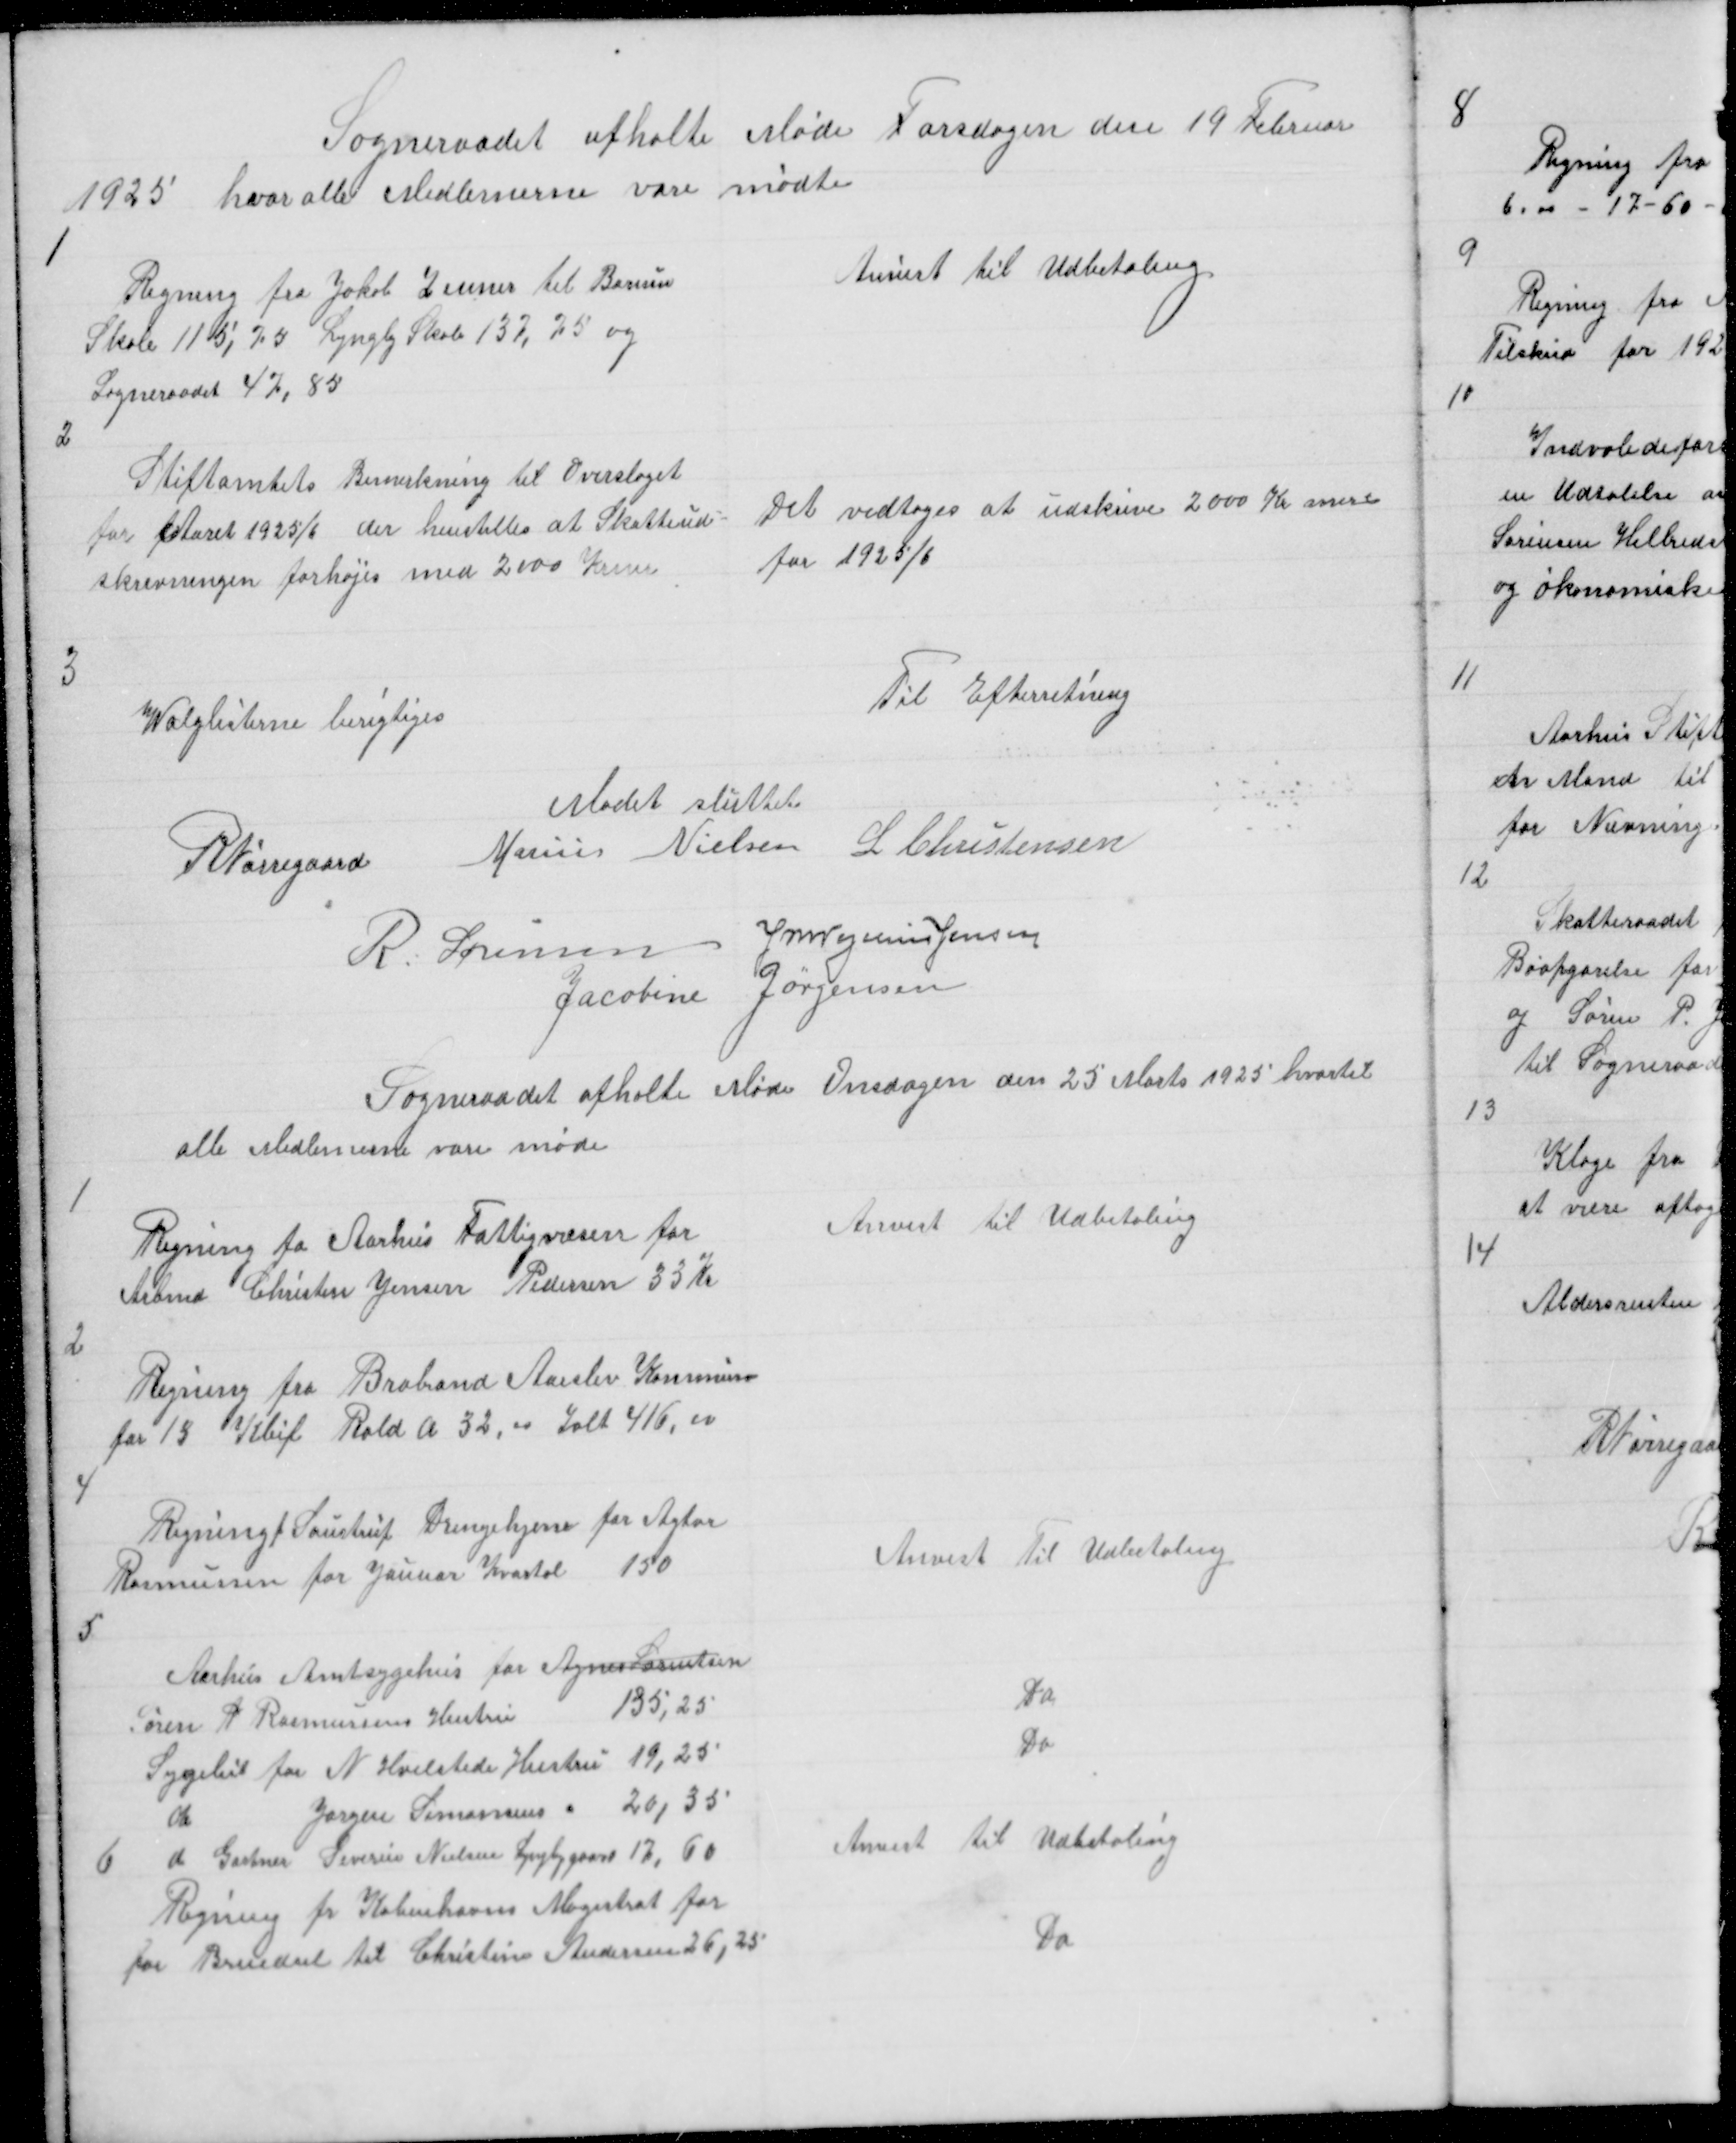
Transskription:
Sogneraadet afholte Møde Torsdagen den 19 Februar
1925 hvor alle Medlemerne vare mødte

1

Anvist til Udbetaling

REgning fra Jakob Zeuner til Borum
Skole 115,75 Lyngby Skole 137,75 og
Sogneraadet 47,85

2

Stiftamtets Bemerkning til Overslaget
for Aaret 1925/6 der henstilles at Skatteud =
skrivningen forhøjes med 2000 Krner

Det vedtoges at udskrive 2000 Kr mere
for 1925/6

Til Efterretning

3

Valglisterne berigtiges

Mødet sluttet
R Nørregaard Marius Nielsen L Christensen
R. Sørensen J M Vogelius Jensen
Jacobine Jørgensen
Sogneraadet afholte Møde Onsdagen den 25 Marts 1925 hvortil
alle Medlemerne vare møde

1

Anvist til Udbetaling

Regning fa Aarhus Fattigvæsen for
Arbmd Christen Jensen Pedersen 33 Kr

2

Regning fra Brabrand Aarskev Kommune
for 13 Kbif Rald a 32,00 Ialt 416,00

4

Regning f Saustrup Drengehjem for Agtor
Rasmussen for Januar Kvartal 150

Anvist Til Udbetaling

5

Aarhus Amtsygehus for Agnes Lorentsen
Søren P Rasmussens Hustru
135,25
Sygebil for N Hvilsteds Hustru 19,25
do
Jørgen Simonsens " 20,35
6
d Gartner Severin Nielsen Lyngbygaard 17,60
Regning fr Københavns Magistrat for
for Brendsel til Christine Andersen 26,25

Do
Do

Anvist til Udbetaling
Do